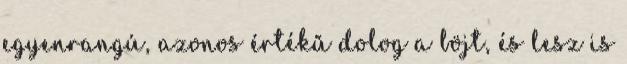
egyenrangú, azonos értékű dolog a böjt, és lesz is